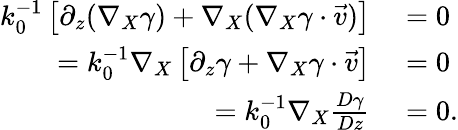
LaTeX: \begin{array}{rl}{k_{0}^{-1}\left[\partial_{z}(\nabla_{X}\gamma)+\nabla_{X}(\nabla_{X}\gamma\cdot\vec{v})\right]}&{{}=0}\\ {=k_{0}^{-1}\nabla_{X}\left[\partial_{z}\gamma+\nabla_{X}\gamma\cdot\vec{v}\right]}&{{}=0}\\ {=k_{0}^{-1}\nabla_{X}\frac{D\gamma}{Dz}}&{{}=0.}\end{array}